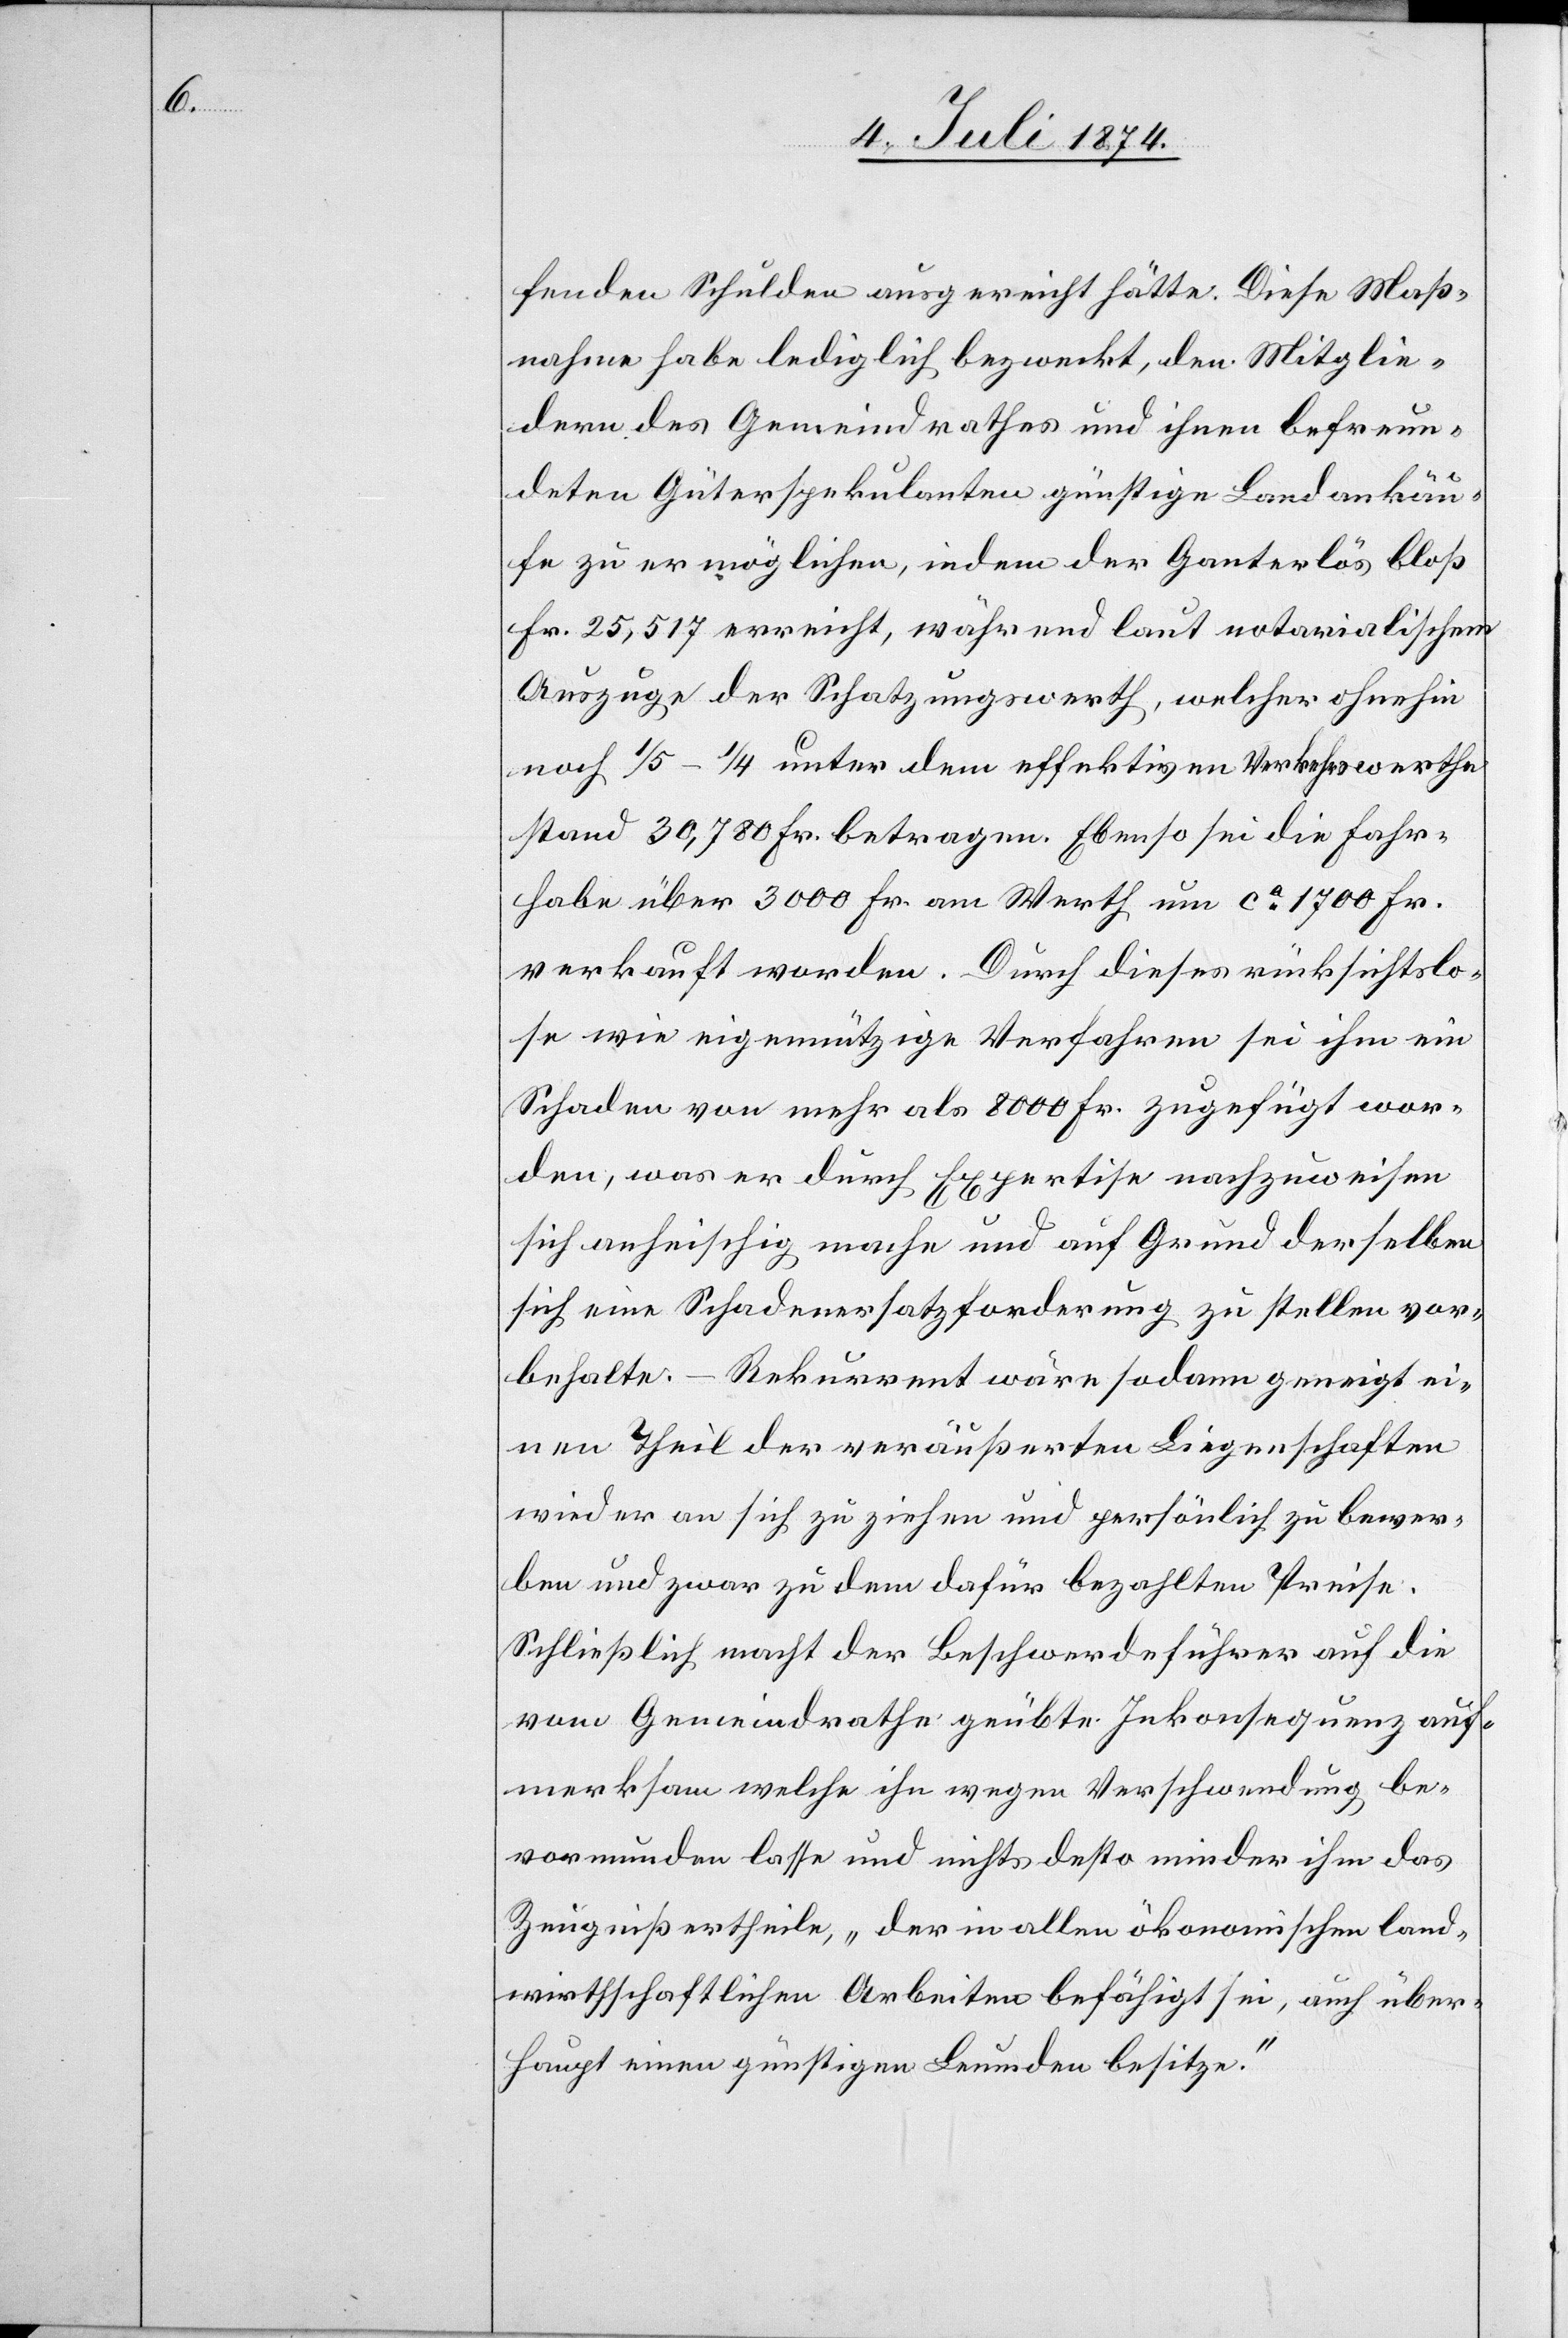
fenden Schulden ausgereicht hätte. Diese Maß¬
nahme habe lediglich bezweckt, den Mitglie¬
dern des Gemeindrathes und ihnen befreun¬
deten Güterspekulanten günstige Landankäu¬
fe zu ermöglichen, indem der Ganterlös bloß
Fr. 25,517 erreicht, während laut notarialischem
Auszuge der Schatzungswerth, welcher ohnehin
noch 1/5–1/4 unter dem effektiven Verkehrswerthe
stand 30,780 Fr. betrage. Ebenso sei die Fahr¬
habe über 3000 Fr. an Werth um ca 1700 Fr.
verkauft worden. Durch dieses rücksichtslo¬
se wie eigennützige Verfahren sei ihm ein
Schaden von mehr als 8000 Fr. zugefügt wor¬
den, was er durch Expertise nachzuweisen
sich anheischig mache und auf Grund derselben
sich eine Schadenersatzforderung zu stellen vor¬
behalte. – Rekurrent wäre sodann geneigt ei¬
nen Theil der veräußerten Liegenschaften
wieder an sich zu ziehen und persönlich zu bewer¬
ben und zwar zu dem dafür bezahlten Preise.
Schließlich macht der Beschwerdeführer auf die
vom Gemeindrathe geübte Inkonsequenz auf¬
merksam welche ihn wegen Verschwendung be¬
vormunden lasse und nichts desto minder ihm das
Zeugniß ertheile, „der in allen ökonomischen land¬
wirthschaftlichen Arbeiten befähigt sei, auch über¬
haupt einen günstigen Leumden besitze.“